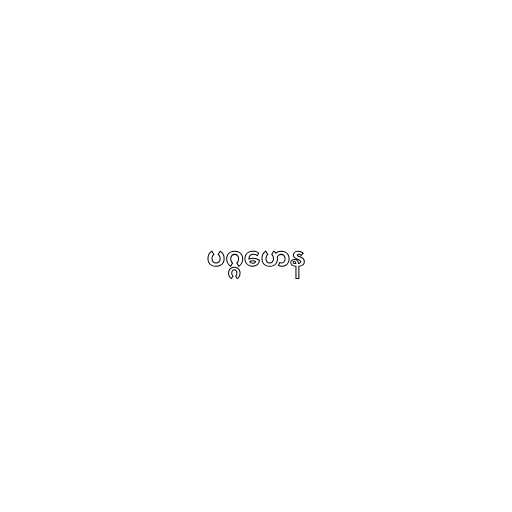
ပဂ္ဂဟေန